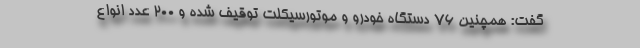
گفت: همچنین ۷۶ دستگاه خودرو و موتورسیکلت توقیف شده و ۲۰۰ عدد انواع